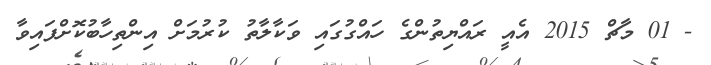
- 01 މާޗް 2015 އެއީ ރައްޔިތުންގެ ހައްގުގައި ވަކާލާތު ކުރުމަށް އިންތިހާބުކޮށްފައިވާ